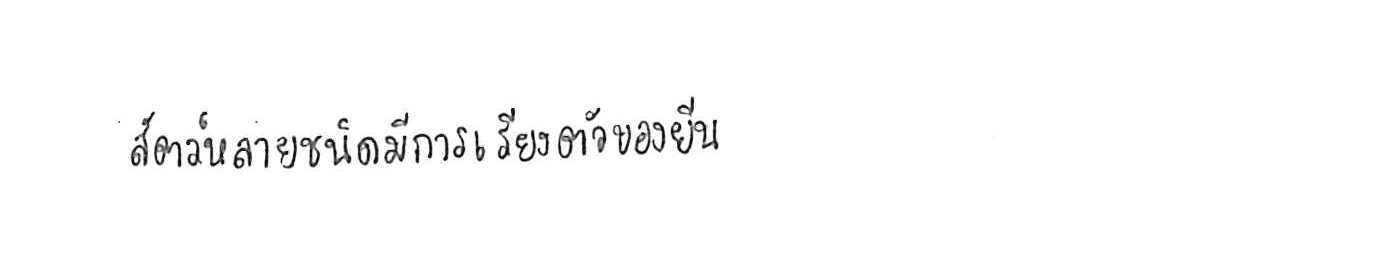
สัตว์หลายชนิดมีการเรียงตัวของยีน